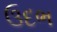
ઉદભ